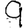
Digit: 9